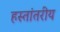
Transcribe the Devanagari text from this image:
हस्‍तांतरीय